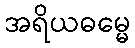
အရိယဓမ္မေ